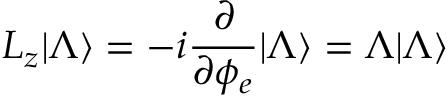
L _ { z } | \Lambda \rangle = - i \frac { \partial } { \partial \phi _ { e } } | \Lambda \rangle = \Lambda | \Lambda \rangle